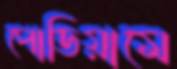
পোডিয়ামে